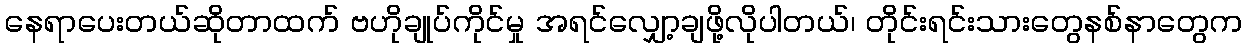
နေရာပေးတယ်ဆိုတာထက် ဗဟိုချုပ်ကိုင်မှု အရင်လျှော့ချဖို့လိုပါတယ်၊ တိုင်းရင်းသားတွေနစ်နာတွေက